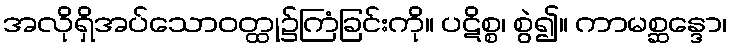
အလိုရှိအပ်သောဝတ္ထု၌ကြံခြင်းကို။ ပဋိစ္စ၊ စွဲ၍။ ကာမစ္ဆန္ဒော၊